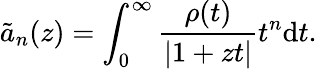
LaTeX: \tilde{a}_{n}(z)=\int_{0}^{\infty}\frac{\rho(t)}{|1+zt|}t^{n}\mathrm{d}t.